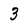
Character: 3